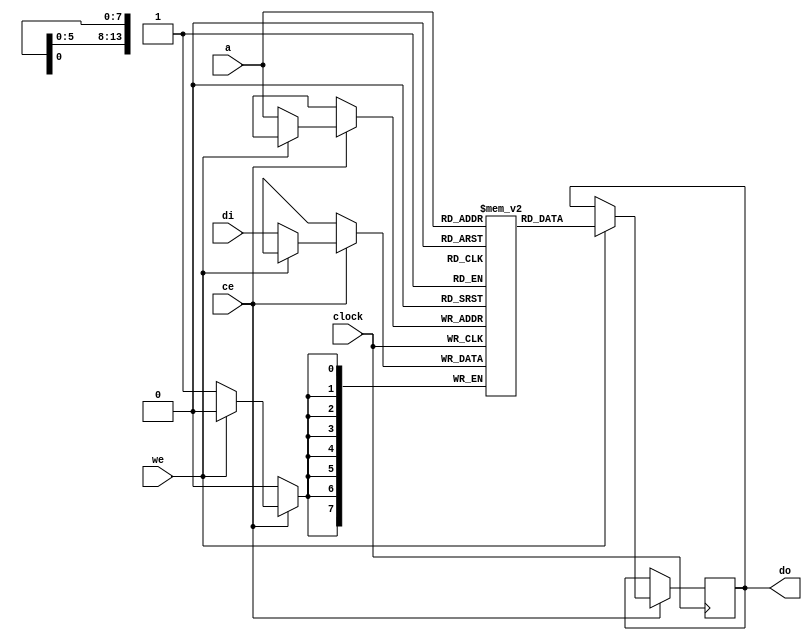
//-------------------------------------------------------------------------------------------------
module spr
//-------------------------------------------------------------------------------------------------
#
(
	parameter DW = 8,
	parameter AW = 14
)
(
	input  wire         clock,
	input  wire         ce,
	input  wire         we,
	input  wire[   7:0] di,
	output reg [   7:0] do,
	input  wire[AW-1:0] a
);
//-------------------------------------------------------------------------------------------------

reg[7:0] d[(2**AW)-1:0];

always @(posedge clock) if(ce) if(!we) d[a] <= di; else do <= d[a];

//-------------------------------------------------------------------------------------------------
endmodule
//-------------------------------------------------------------------------------------------------